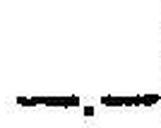
—.—